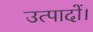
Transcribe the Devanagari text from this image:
उत्पादों।